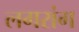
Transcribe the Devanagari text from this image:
लगरांग